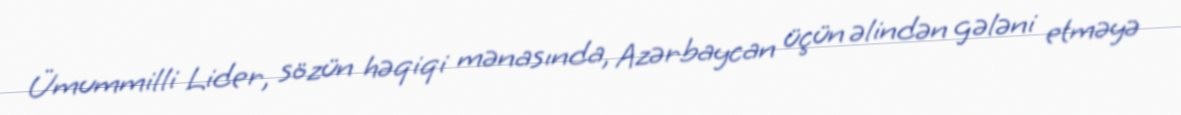
Ümummilli Lider, sözün həqiqi mənasında, Azərbaycan üçün əlindən gələni etməyə